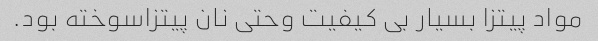
مواد پیتزا بسیار بی کیفیت وحتی نان پیتزاسوخته بود.